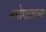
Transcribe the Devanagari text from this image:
मनोगतवरच्या